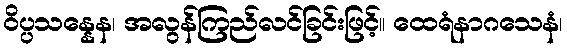
ဝိပ္ပသန္နေန၊ အလွန်ကြည်လင်ခြင်းဖြင့်။ ထေရံနာဂသေနံ၊